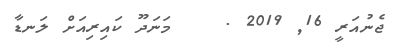
ޖެނުއަރީ 16